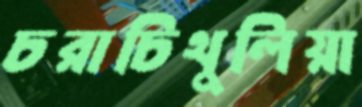
চরাচিথুলিয়া